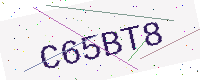
Text: C65BT8